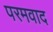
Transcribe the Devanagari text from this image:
परमवाद